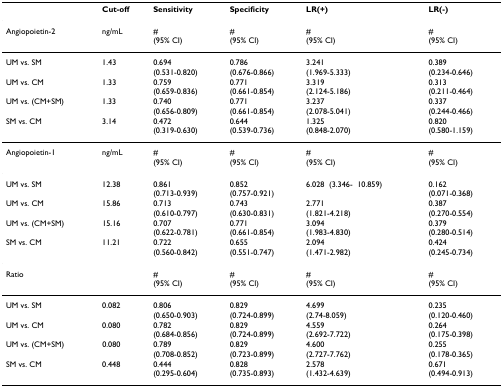
<table><thead><tr><td></td><td><b>Cut-off</b></td><td><b>Sensitivity</b></td><td><b>Specificity</b></td><td><b>LR(+)</b></td><td><b>LR(-)</b></td></tr></thead><tbody><tr><td>Angiopoietin-2</td><td>ng/mL</td><td>#(95% CI)</td><td>#(95% CI)</td><td>#(95% CI)</td><td>#(95% CI)</td></tr><tr><td>UM vs. SM</td><td>1.43</td><td>0.694(0.531-0.820)</td><td>0.786(0.676-0.866)</td><td>3.241(1.969-5.333)</td><td>0.389(0.234-0.646)</td></tr><tr><td>UM vs. CM</td><td>1.33</td><td>0.759(0.659-0.836)</td><td>0.771(0.661-0.854)</td><td>3.319(2.124-5.186)</td><td>0.313(0.211-0.464)</td></tr><tr><td>UM vs. (CM+SM)</td><td>1.33</td><td>0.740(0.656-0.809)</td><td>0.771(0.661-0.854)</td><td>3.237(2.078-5.041)</td><td>0.337(0.244-0.466)</td></tr><tr><td>SM vs. CM</td><td>3.14</td><td>0.472(0.319-0.630)</td><td>0.644(0.539-0.736)</td><td>1.325(0.848-2.070)</td><td>0.820(0.580-1.159)</td></tr><tr><td>Angiopoietin-1</td><td>ng/mL</td><td>#(95% CI)</td><td>#(95% CI)</td><td>#(95% CI)</td><td>#(95% CI)</td></tr><tr><td>UM vs. SM</td><td>12.38</td><td>0.861(0.713-0.939)</td><td>0.852(0.757-0.921)</td><td>6.028(3.346-10.859)</td><td>0.162(0.071-0.368)</td></tr><tr><td>UM vs. CM</td><td>15.86</td><td>0.713(0.610-0.797)</td><td>0.743(0.630-0.831)</td><td>2.771(1.821-4.218)</td><td>0.387(0.270-0.554)</td></tr><tr><td>UM vs. (CM+SM)</td><td>15.16</td><td>0.707(0.622-0.781)</td><td>0.771(0.661-0.854)</td><td>3.094(1.983-4.830)</td><td>0.379 (0.280-0.514)</td></tr><tr><td>SM vs. CM</td><td>11.21</td><td>0.722(0.560-0.842)</td><td>0.655(0.551-0.747)</td><td>2.094(1.471-2.982)</td><td>0.424(0.245-0.734)</td></tr><tr><td>Ratio</td><td></td><td>#(95% CI)</td><td>#(95% CI)</td><td>#(95% CI)</td><td>#(95% CI)</td></tr><tr><td>UM vs. SM</td><td>0.082</td><td>0.806(0.650-0.903)</td><td>0.829(0.724-0.899)</td><td>4.699(2.74-8.059)</td><td>0.235(0.120-0.460)</td></tr><tr><td>UM vs. CM</td><td>0.080</td><td>0.782(0.684-0.856)</td><td>0.829(0.724-0.899)</td><td>4.559(2.692-7.722)</td><td>0.264(0.175-0.398)</td></tr><tr><td>UM vs. (CM+SM)</td><td>0.080</td><td>0.789(0.708-0.852)</td><td>0.829(0.723-0.899)</td><td>4.600(2.727-7.762)</td><td>0.255(0.178-0.365)</td></tr><tr><td>SM vs. CM</td><td>0.448</td><td>0.444(0.295-0.604)</td><td>0.828(0.735-0.893)</td><td>2.578(1.432-4.639)</td><td>0.671(0.494-0.913)</td></tr></tbody></table>